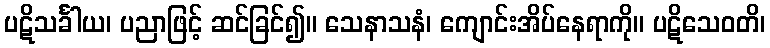
ပဋိသင်္ခါယ၊ ပညာဖြင့် ဆင်ခြင်၍။ သေနာသနံ၊ ကျောင်းအိပ်နေရာကို။ ပဋိသေဝတိ၊